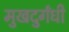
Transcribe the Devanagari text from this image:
मुखदुर्गंधी